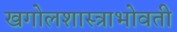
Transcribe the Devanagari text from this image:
खगोलशास्त्राभोवती